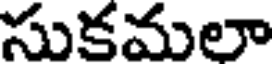
సుకమలా